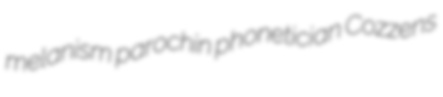
melanism parochin phonetician Cozzens